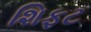
શિફટ